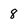
Character: 8